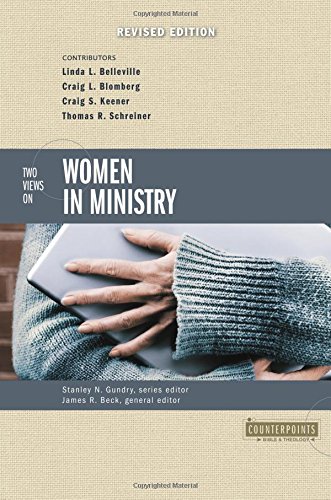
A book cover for Two Views on Women in Ministry (Counterpoints: Bible and Theology); Religion & Spirituality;